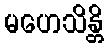
မဟေသိန္တိ